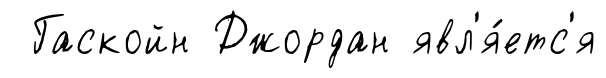
Гаскойн Джордан явл'я́етс'я